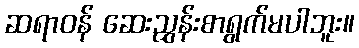
ဆရာဝန် ဆေးညွှန်းစာရွက်မပါဘူး။